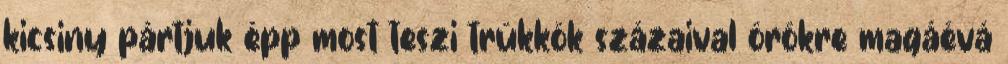
ki­csiny pártjuk épp most teszi trükkök százaival örökre ma­gáévá